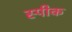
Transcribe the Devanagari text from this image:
स्‍पीक